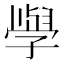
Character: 𭓕